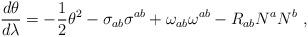
LaTeX: \begin{align*} \frac{d\theta}{d\lambda}=-\frac{1}{2}\theta^2 - \sigma_{ab}\sigma^{ab} + \omega_{ab}\omega^{ab} -R_{ab}N^a N^b \ ,\end{align*}